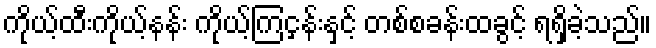
ကိုယ့်ထီးကိုယ့်နန်း ကိုယ့်ကြငှန်းနှင့် တစ်စခန်းထခွင့် ရရှိခဲ့သည်။